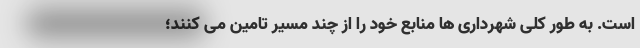
است. به طور کلی شهرداری ها منابع خود را از چند مسیر تامین می کنند؛